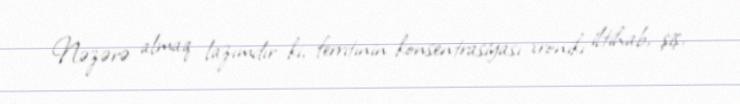
Nəzərə almaq lazımdır ki, ferritinin konsentrasiyası xroniki iltihab, şiş,